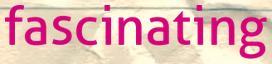
fascinating